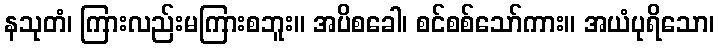
နသုတံ၊ ကြားလည်းမကြားစဘူး။ အပိစခေါ၊ စင်စစ်သော်ကား။ အယံပုရိသော၊